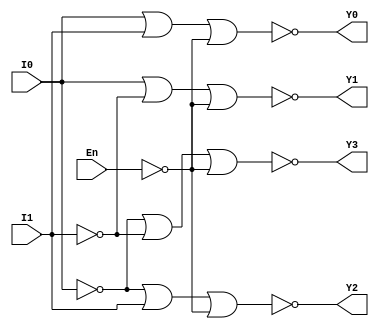
`timescale 1ns / 1ps
//////////////////////////////////////////////////////////////////////////////////
// Company: 
// Engineer: 
// 
// Design Name: 
// Module Name: DEC2T4
// Project Name: 
// Target Devices: 
// Tool Versions: 
// Description: 
// 
// Dependencies: 
// 
// Revision:
// Revision 0.01 - File Created
// Additional Comments:
// 
//////////////////////////////////////////////////////////////////////////////////


module DEC2T4(I0,I1,En,Y0,Y1,Y2,Y3);
    input I0,I1,En;
    output Y0,Y1,Y2,Y3;
    not i0(I0_n,I0);
    not i1(I1_n,I1);
    not i2(En_n,En);
    nor nor0(Y0,I0,I1,En_n);
    nor nor1(Y1,I0,I1_n,En_n);
    nor nor2(Y2,I0_n,I1,En_n);
    nor nor3(Y3,I0_n,I1_n,En_n);
endmodule